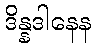
ဒိန္နဒါနေန